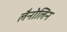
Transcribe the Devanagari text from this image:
लैनोलिन